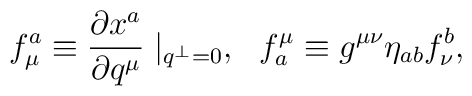
f^a_\mu \equiv \frac{\partial x^a}{\partial q^\mu}\mid_{q^\perp=0},~~ f^\mu_a \equiv  g^{\mu\nu} \eta_{ab} f^b_\nu,